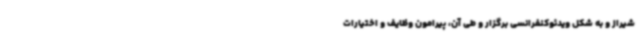
شیراز و به شکل ویدئوکنفرانسی برگزار و طی آن، پیرامون وظایف و اختیارات